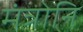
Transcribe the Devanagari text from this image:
मंत्रोनि